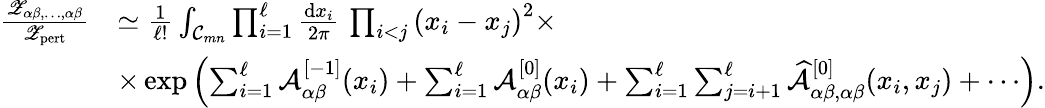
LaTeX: \begin{array}{rl}{\frac{{\mathscr Z}_{\alpha\beta,\ldots,\alpha\beta}}{{\mathscr Z}_{\mathrm{pert}}}}&{\simeq\frac{1}{\ell!}\int_{{\mathcal C}_{mn}}\prod_{i=1}^{\ell}\frac{\mathrm{d}x_{i}}{2\pi}\, \prod_{i<j}\left(x_{i}-x_{j}\right)^{2}\times}\\ &{\times\exp\left(\sum_{i=1}^{\ell}{\mathcal A}_{\alpha\beta}^{[-1]}(x_{i})+\sum_{i=1}^{\ell}{\mathcal A}_{\alpha\beta}^{[0]}(x_{i})+\sum_{i=1}^{\ell}\sum_{j=i+1}^{\ell}\widehat{{\mathcal A}}_{\alpha\beta,\alpha\beta}^{[0]}(x_{i},x_{j})+\cdots\right).}\end{array}